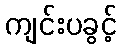
ကျင်းပခွင့်